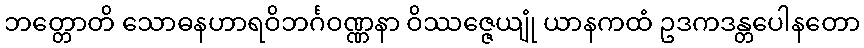
ဘတ္တောတိ သောဓနဟာရဝိဘင်္ဂဝဏ္ဏနာ ဝိဿဇ္ဇေယျုံ ယာနကထံ ဥဒကဒန္တပေါနတော